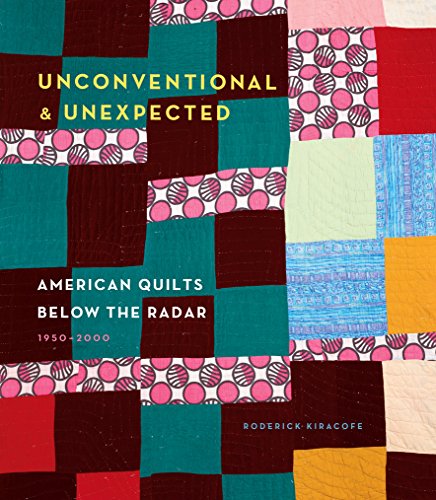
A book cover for Unconventional & Unexpected: American Quilts Below the Radar 1950-2000; Roderick Kiracofe; Crafts, Hobbies & Home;